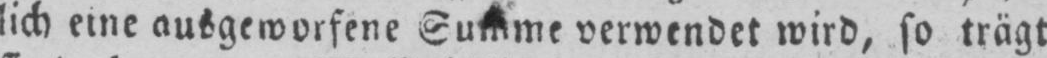
lich eine ausgeworfene Summe verwendet wird, so trägt